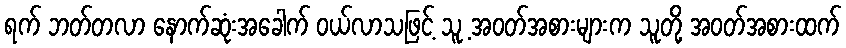
ရက် ဘတ်တလာ နောက်ဆုံးအခေါက် ဝယ်လာသဖြင့် သူ့ အဝတ်အစားများက သူတို့ အဝတ်အစားထက်